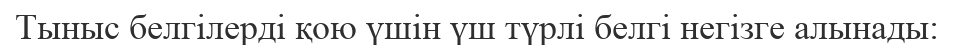
Тыныс белгілерді қою үшін үш түрлі белгі негізге алынады: